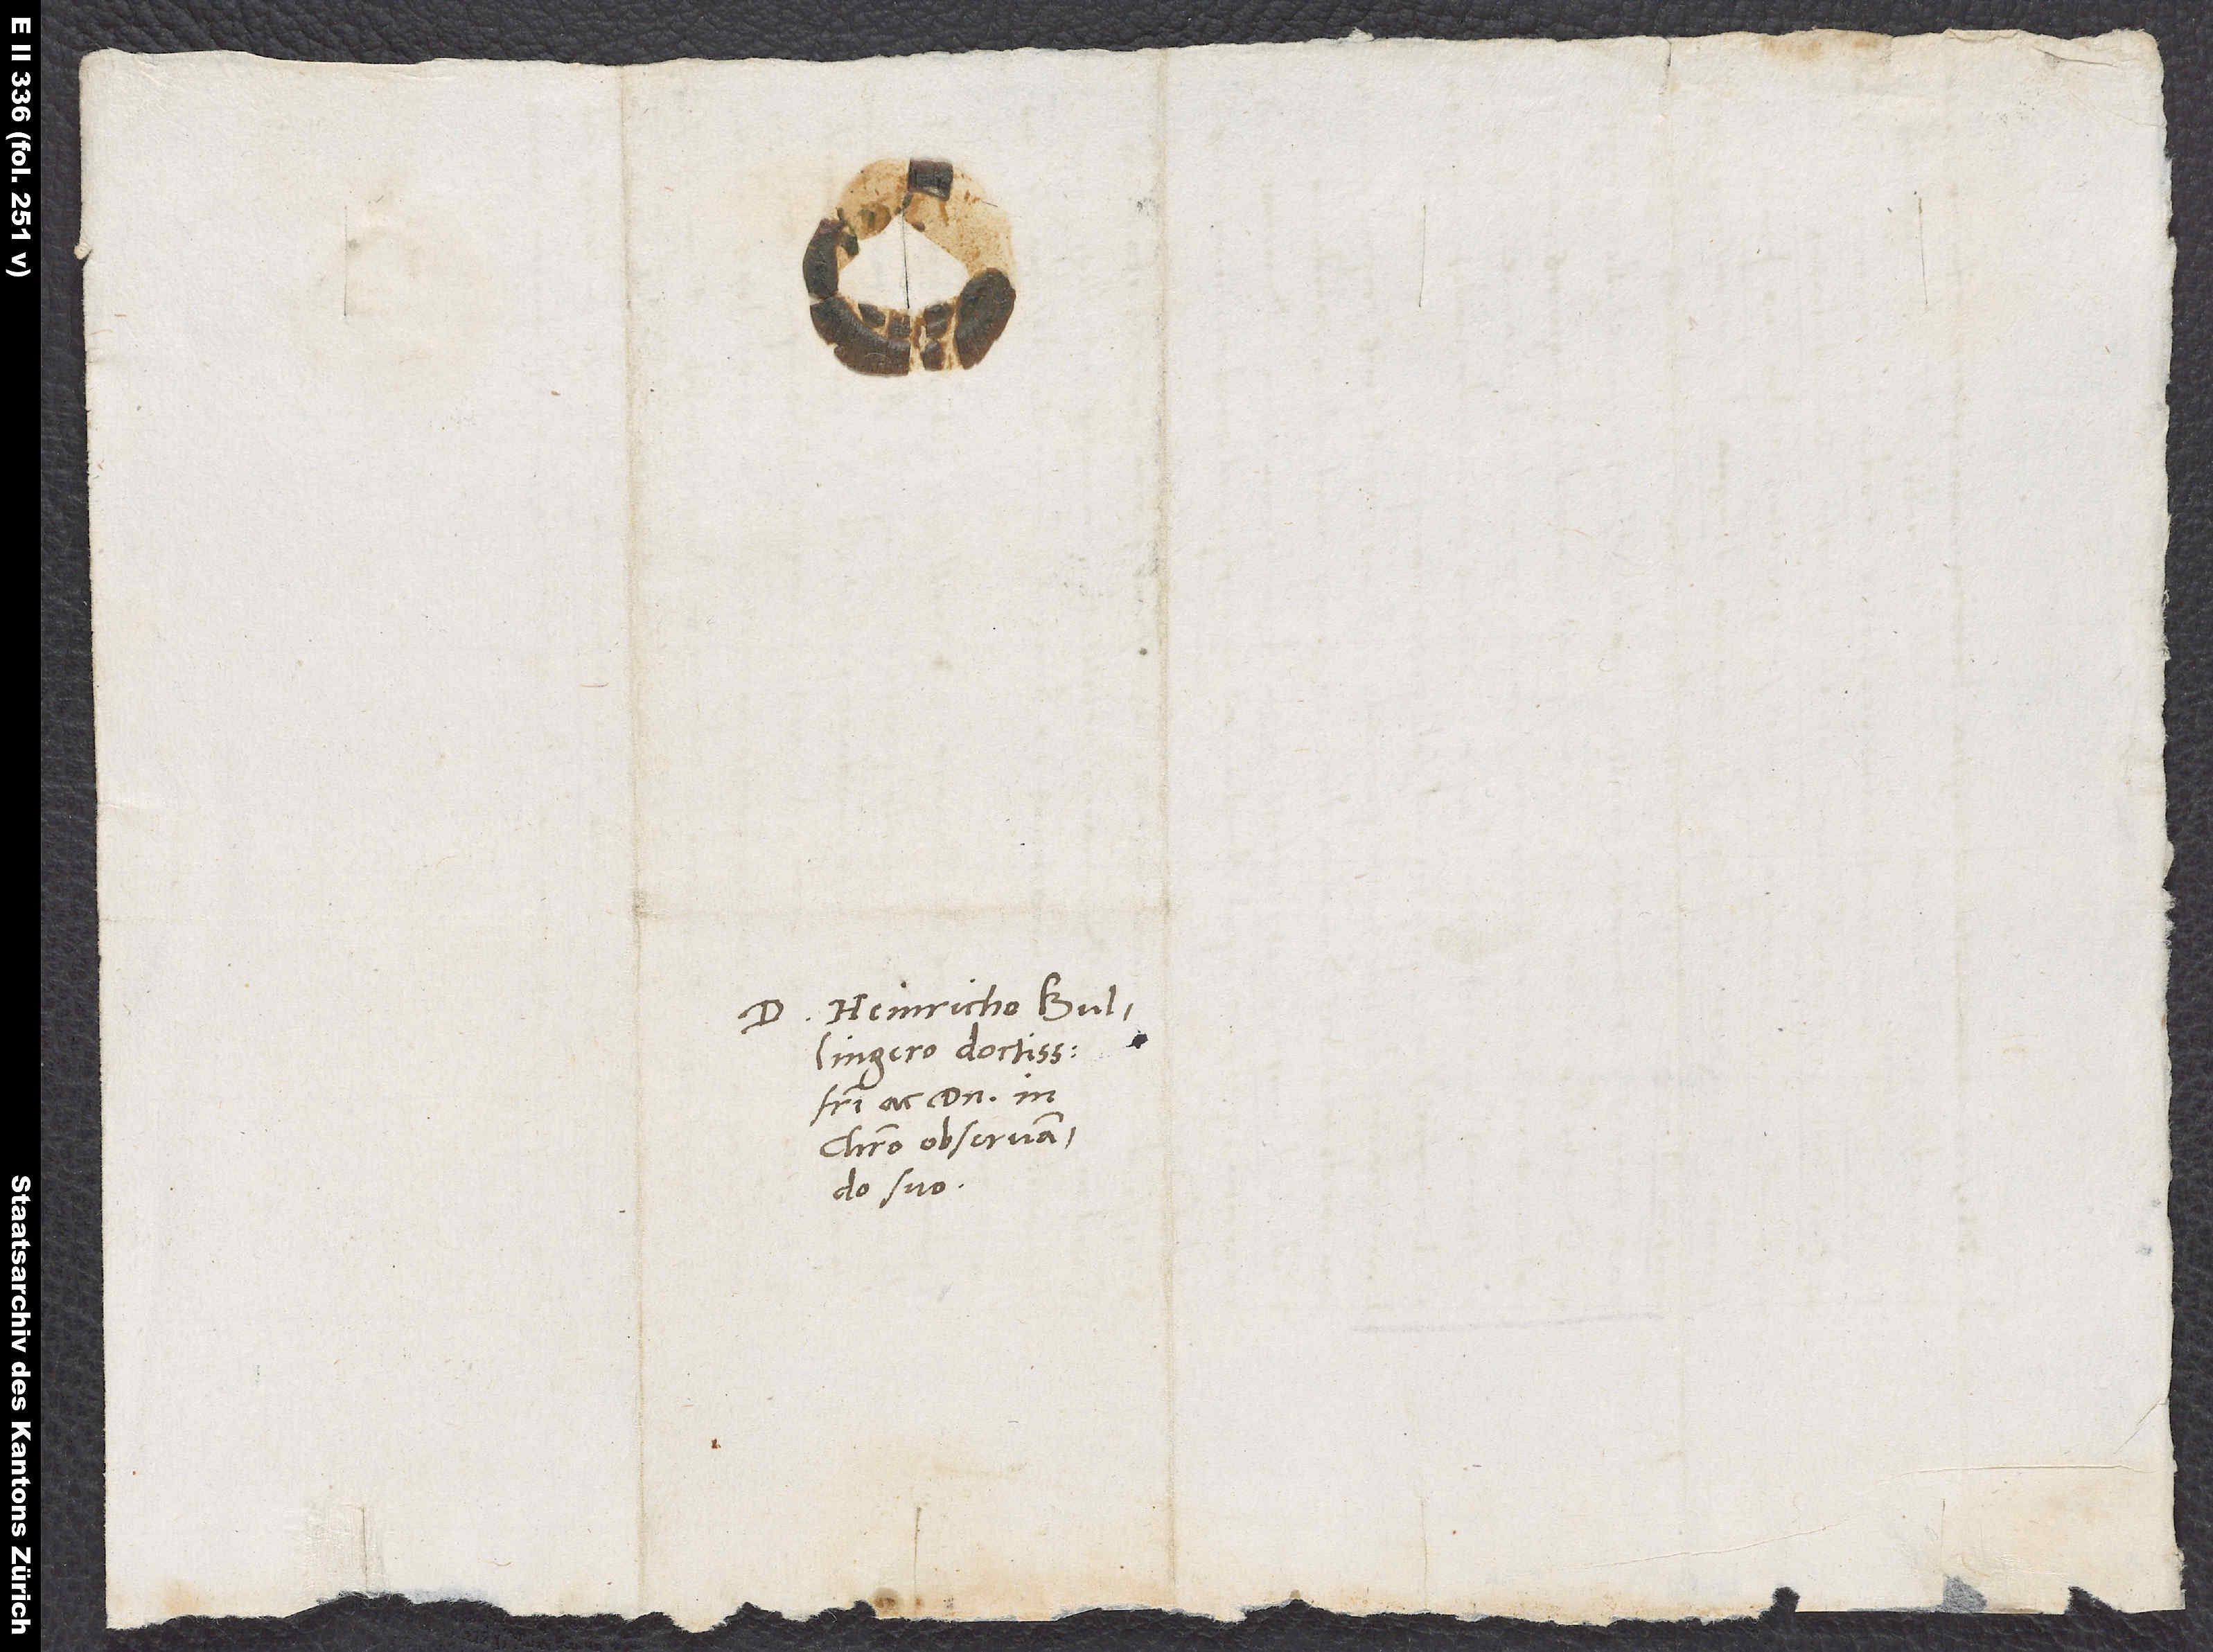
S.

D. Heinricho Bullingero
fratri ac domino in
Christo observando
suo.